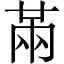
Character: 㒼